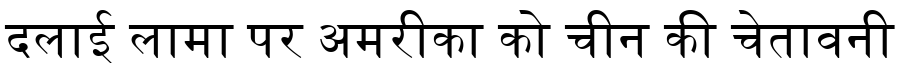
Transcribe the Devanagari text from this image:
दलाई लामा पर अमरीका को चीन की चेतावनी